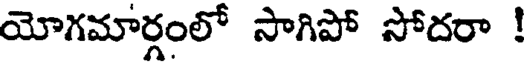
యోగమార్గంలో సాగిపో సోదరా !